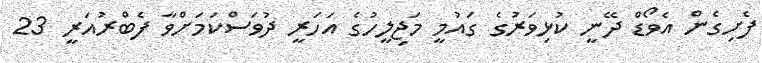
ފެށިގެން އެވޯޑް ދޭނީ ކުޅިވަރުގެ ގައުމީ މަޖިލީހުގެ އަހަރީ ދުވަސްކަމަށްވާ ފެބްރުއަރީ 23